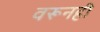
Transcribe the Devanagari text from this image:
वरूनही